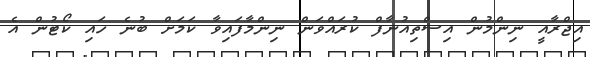
އިޖްރާއީ ނިންމުން އިސްތިއުނާފް ކުރައްވަން ނިންމާފައިވާ ކަމަށް ބުނެ ހައި ކޯޓުން އެ